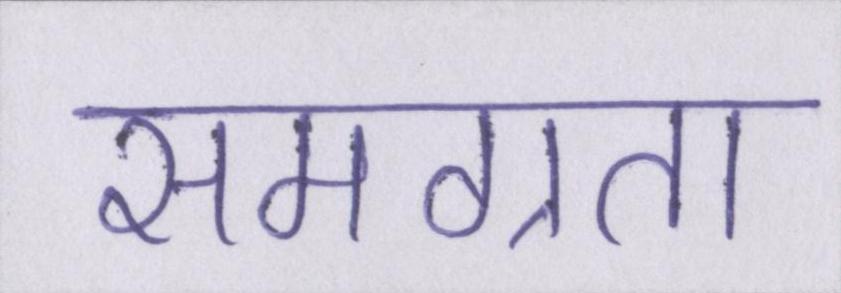
समग्रता